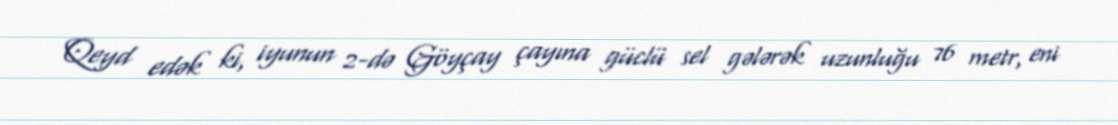
Qeyd edək ki, iyunun 2-də Göyçay çayına güclü sel gələrək uzunluğu 76 metr, eni